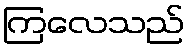
ကြလေသည်